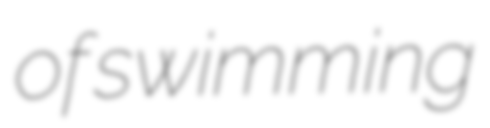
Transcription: of swimming